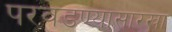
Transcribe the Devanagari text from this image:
परवडण्यासारखा